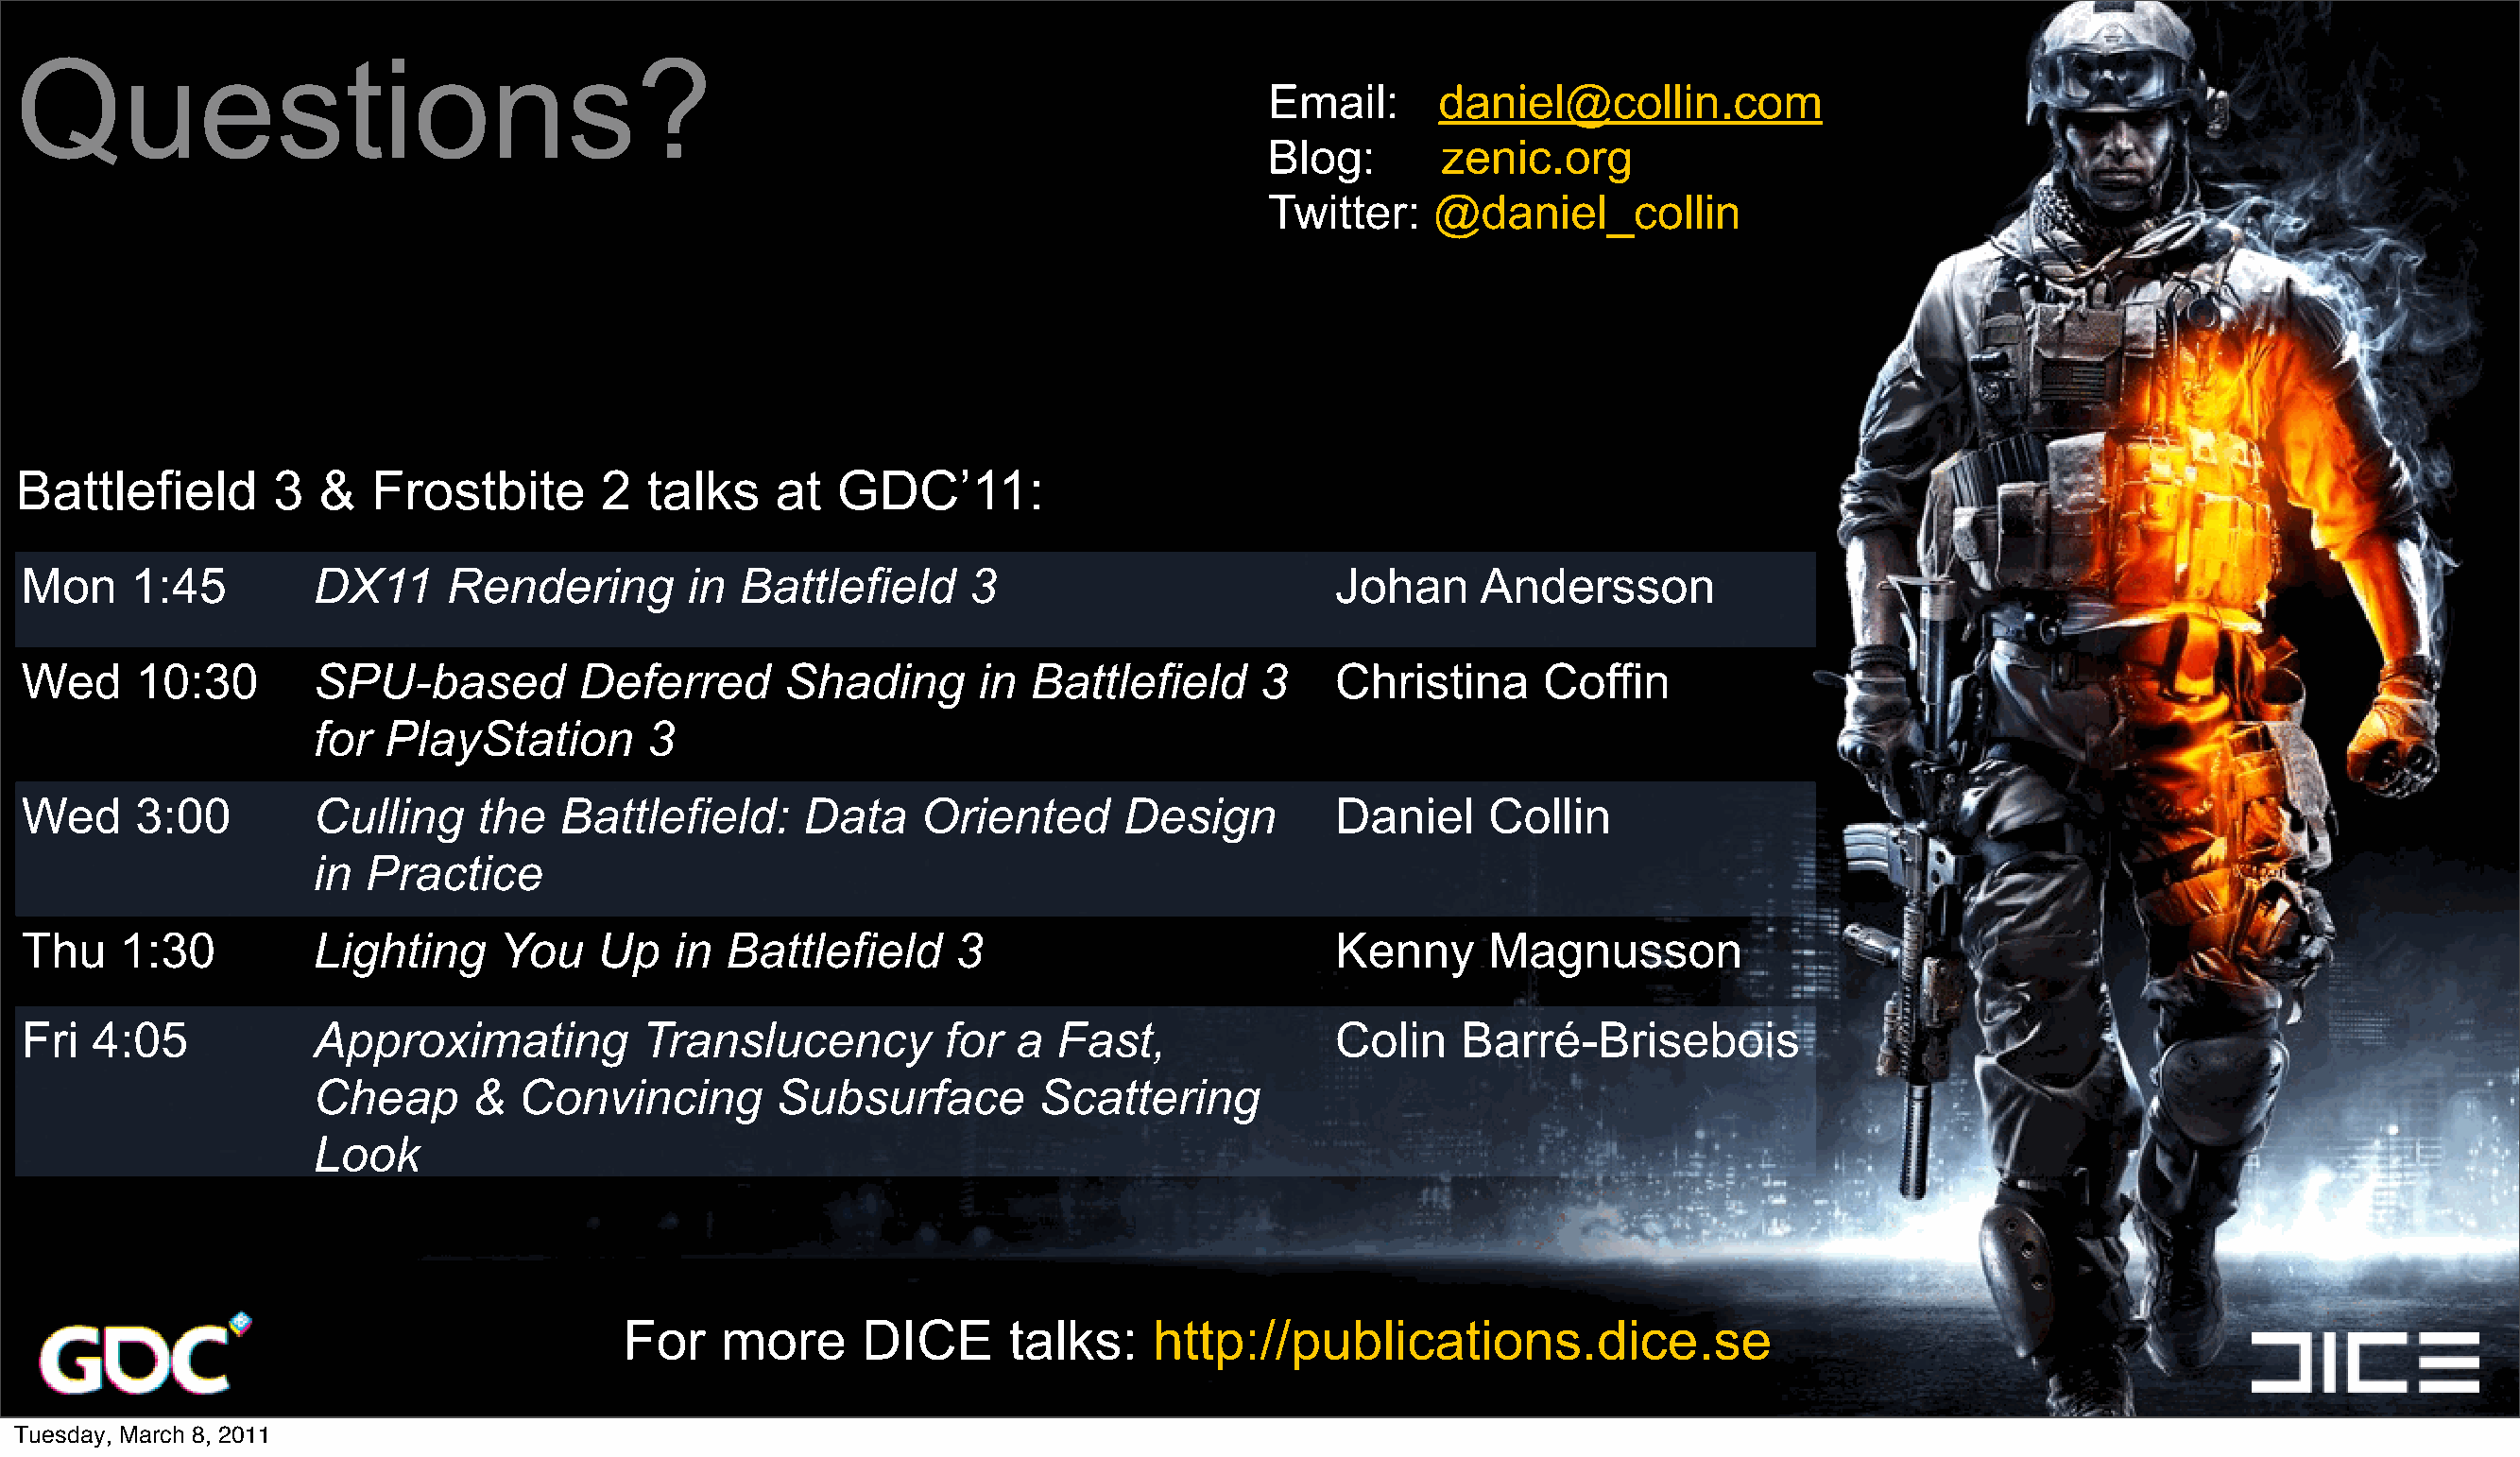
Questions?
 Email:      daniel@collin.com
 Blog:       zenic.org
 Twitter:   @daniel_collin
 Battlefield       3  &   Frostbite       2  talks    at   GDC’11:
 Mon     1:45         DX11     Rendering        in  Battlefield     3                         Johan     Andersson
 Wed     10:30        SPU-based          Deferred      Shading       in Battlefield     3     Christina     Coffin
 for  PlayStation       3
 Wed     3:00         Culling    the   Battlefield:     Data     Oriented      Design         Daniel    Collin
 in  Practice
 Thu    1:30          Lighting     You    Up   in  Battlefield     3                          Kenny     Magnusson
 Fri  4:05            Approximating          Translucency         for  a  Fast,               Colin   Barré-Brisebois
 Cheap      &  Convincing        Subsurface         Scattering
 Look
 For    more     DICE       talks:    http://publications.dice.se
 Tuesday, March 8, 2011